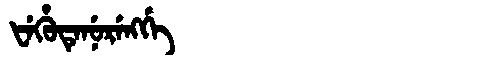
Manchu: ᡶᡝᡥᡠᡨᡝᠨᡠᡵᡝᠩᡤᡝ
Romanization: FEHUTENURENGGE